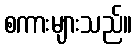
စကားများသည်။